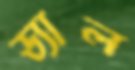
ড্যাল